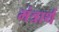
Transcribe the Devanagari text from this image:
मंत्रार्थ